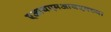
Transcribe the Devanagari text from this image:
एआयएमआयएमच्या